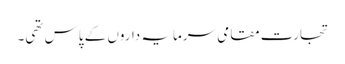
تجارت مقامی سرمایہ داروں کے پاس تھی۔